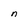
Character: n